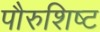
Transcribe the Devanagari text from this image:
पौरुशिष्ट